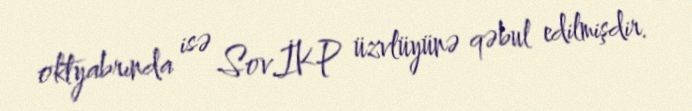
oktyabrında isə Sov.İKP üzvlüyünə qəbul edilmişdir.